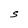
Character: S